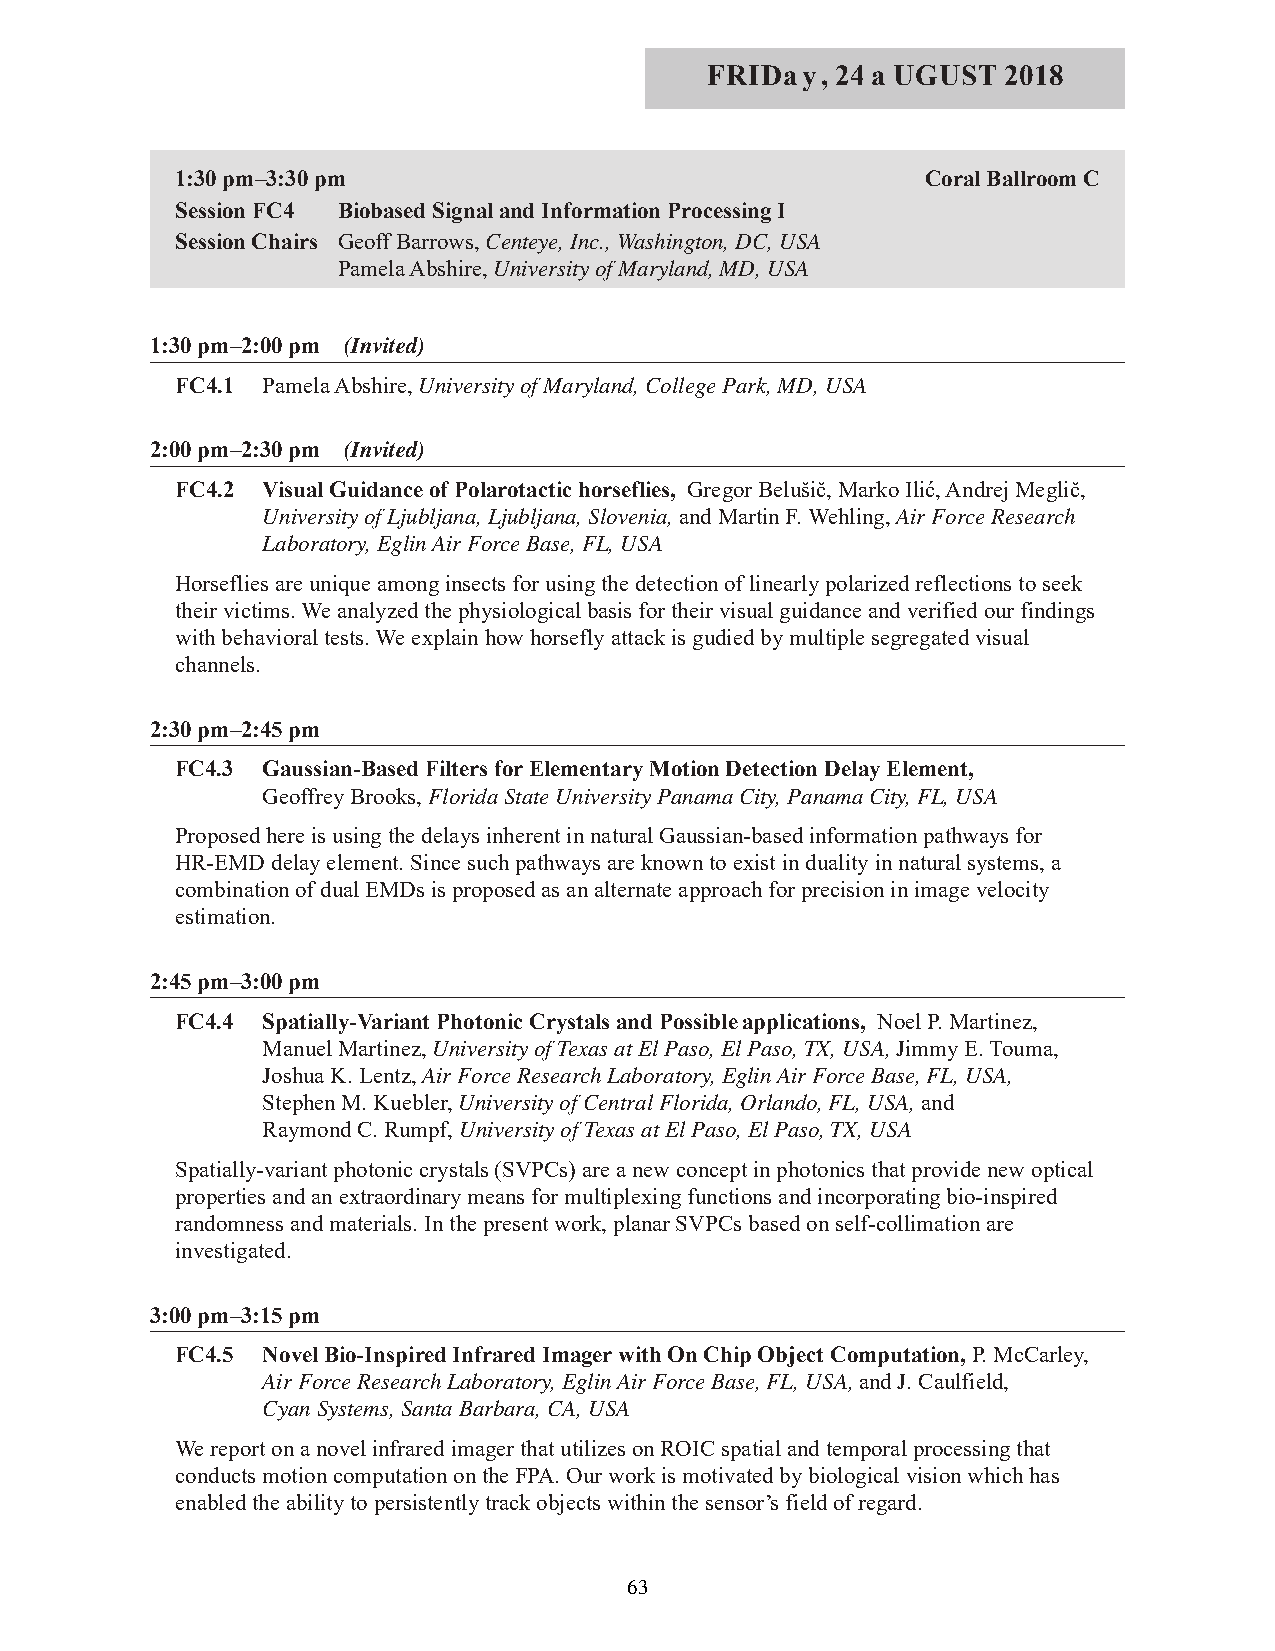
FRIDay, 24 a UGUST  2018
 1:30 pm–3:30 pm                                  Coral Ballroom C
 Session FC4 Biobased Signal and Information Processing I
 Session Chairs Geoff Barrows, Centeye, Inc., Washington, DC, USA
 Pamela Abshire, University of Maryland, MD, USA
 1:30 pm–2:00 pm (Invited)
 FC4.1 Pamela Abshire, University of Maryland, College Park, MD, USA
 2:00 pm–2:30 pm (Invited)
 FC4.2 Visual Guidance of Polarotactic horseflies, Gregor Belušič, Marko Ilić, Andrej Meglič,
 University of Ljubljana, Ljubljana, Slovenia, and Martin F. Wehling, Air Force Research
 Laboratory, Eglin Air Force Base, FL, USA
 Horseflies are unique among insects for using the detection of linearly polarized reflections to seek
 their victims. We analyzed the physiological basis for their visual guidance and verified our findings
 with behavioral tests. We explain how horsefly attack is gudied by multiple segregated visual
 channels.
 2:30 pm–2:45 pm
 FC4.3 Gaussian-Based Filters for Elementary Motion Detection Delay Element,
 Geoffrey Brooks, Florida State University Panama City, Panama City, FL, USA
 Proposed here is using the delays inherent in natural Gaussian-based information pathways for
 HR-EMD delay element. Since such pathways are known to exist in duality in natural systems, a
 combination of dual EMDs is proposed as an alternate approach for precision in image velocity
 estimation.
 2:45 pm–3:00 pm
 FC4.4 Spatially-Variant Photonic Crystals and Possible applications, Noel P. Martinez,
 Manuel Martinez, University of Texas at El Paso, El Paso, TX, USA, Jimmy E. Touma,
 Joshua K. Lentz, Air Force Research Laboratory, Eglin Air Force Base, FL, USA,
 Stephen M. Kuebler, University of Central Florida, Orlando, FL, USA, and
 Raymond C. Rumpf, University of Texas at El Paso, El Paso, TX, USA
 Spatially-variant photonic crystals (SVPCs) are a new concept in photonics that provide new optical
 properties and an extraordinary means for multiplexing functions and incorporating bio-inspired
 randomness and materials. In the present work, planar SVPCs based on self-collimation are
 investigated.
 3:00 pm–3:15 pm
 FC4.5 Novel Bio-Inspired Infrared Imager with On Chip Object Computation, P. McCarley,
 Air Force Research Laboratory, Eglin Air Force Base, FL, USA,and J. Caulfield,
 Cyan Systems, Santa Barbara, CA, USA
 We report on a novel infrared imager that utilizes on ROIC spatial and temporal processing that
 conducts motion computation on the FPA. Our work is motivated by biological vision which has
 enabled the ability to persistently track objects within the sensor’s field of regard.
 63